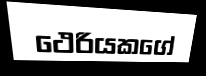
ථෙරියකගේ